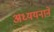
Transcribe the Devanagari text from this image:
अध्ययनाने